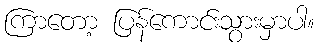
ကြာတော့ ပြန်ကောင်းသွားမှာပါ။